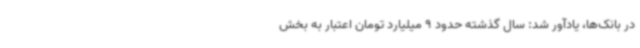
در بانک‌ها، یادآور شد: سال گذشته حدود 9 میلیارد تومان اعتبار به بخش